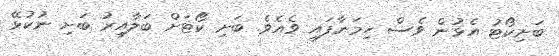
ބަށިކޯޓު އެޅުން ވެސް ހިމަނާފައި ވެއެވެ. ބަށި ކޯޓަށް ބަލާއިރު ބަށި ނުކުޅޭ